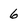
Character: 6